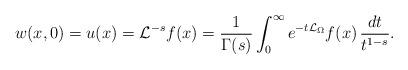
LaTeX: \begin{align*}w(x,0)=u(x)=\mathcal{L}^{-s}f(x)=\frac{1}{\Gamma(s)}\int_0^\infty e^{-t\mathcal{L}_\Omega}f(x)\,\frac{dt}{t^{1-s}}.\end{align*}